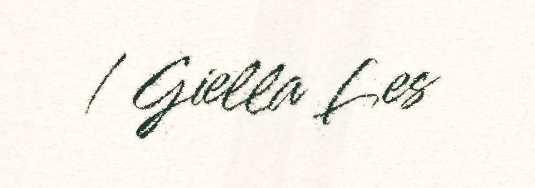
/ Giella Les